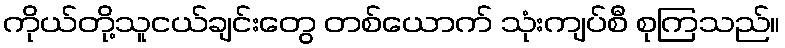
ကိုယ်တို့သူငယ်ချင်းတွေ တစ်ယောက် သုံးကျပ်စီ စုကြသည်။